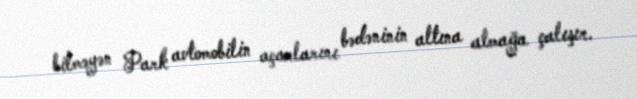
bilməyən Park avtomobilin açarlarını bədəninin altına almağa çalışır.